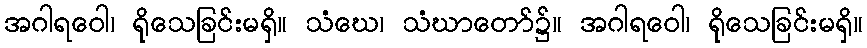
အဂါရဝေါ၊ ရိုသေခြင်းမရှိ။ သံဃေ၊ သံဃာတော်၌။ အဂါရဝေါ၊ ရိုသေခြင်းမရှိ။